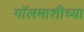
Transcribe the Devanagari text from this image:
गॉलमाशीच्या